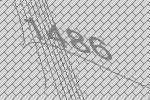
1486